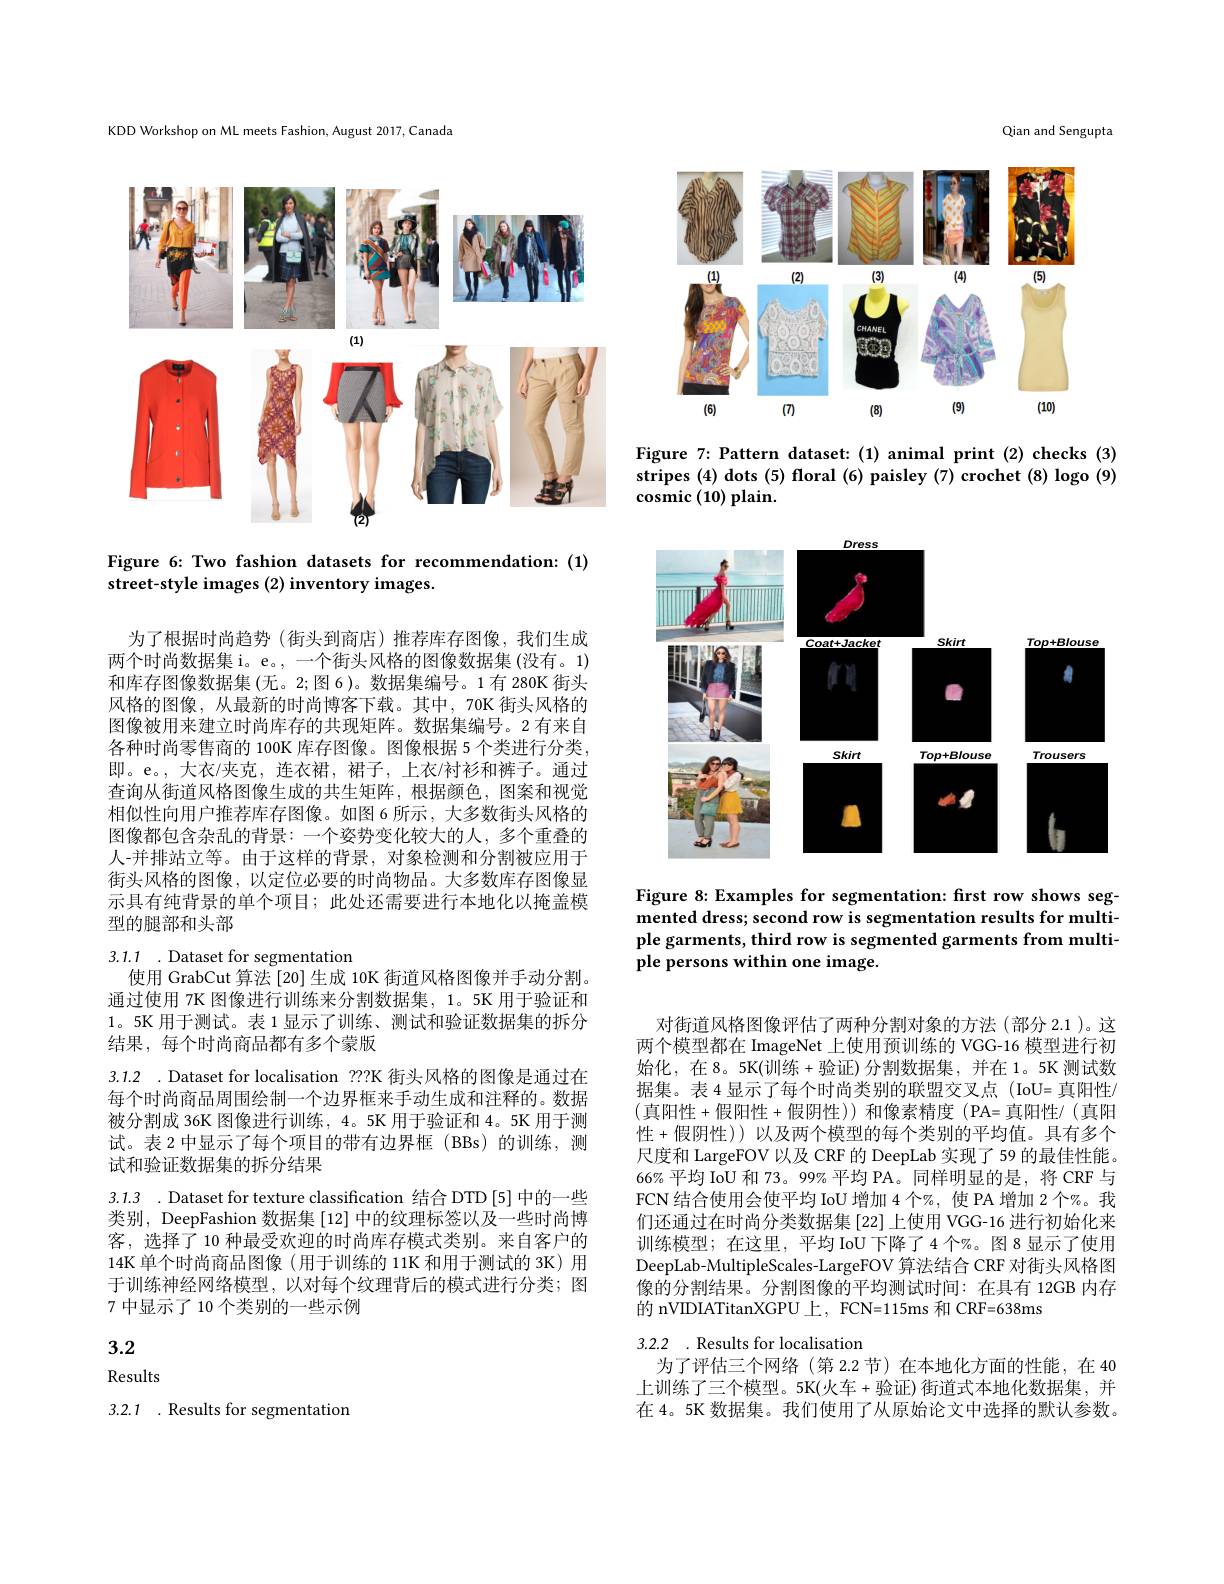
KDD Workshop on ML meets Fashion, August 2017, Canada

<FigureHere>

Figure 6: Two fashion datasets for recommendation: (1)
street-style images (2) inventory images.

为了根据时尚趋势(街头到商店)推荐库存图像，我们生成两个时尚数据集 i。e。, 一个街头风格的图像数据集 (没有。1) 和库存图像数据集 (无。2;图 6)。数据集编号。1 有 280K 街头风格的图像，从最新的时尚博客下载。其中，70K 街头风格的图像被用来建立时尚库存的共现矩阵。数据集编号。2 有来自各种时尚零售商的 100K 库存图像。图像根据 5 个类进行分类， 即。e。, 大衣/夹克，连衣裙，裙子，上衣/衬衫和裤子。通过查询从街道风格图像生成的共生矩阵，根据颜色，图案和视觉相似性向用户推荐库存图像。如图 6 所示，大多数街头风格的图像都包含杂乱的背景：一个姿势变化较大的人，多个重叠的人-并排站立等。由于这样的背景，对象检测和分割被应用于街头风格的图像，以定位必要的时尚物品。大多数库存图像显示具有纯背景的单个项目；此处还需要进行本地化以掩盖模型的腿部和头部

3.1.1 . Dataset for segmentation
使用 GrabCut 算法 [20] 生成 10K 街道风格图像并手动分割。

通过使用 7K 图像进行训练来分割数据集，1。5K 用于验证和1。5K 用于测试。表 1 显示了训练、测试和验证数据集的拆分结果，每个时尚商品都有多个蒙版

3.1.2 .Dataset for localisation ??K 街头风格的图像是通过在

每个时尚商品周围绘制一个边界框来手动生成和注释的。数据被分割成 36K 图像进行训练，4。5K 用于验证和 4。5K 用于测试。表 2 中显示了每个项目的带有边界框 (BBs)的训练，测试和验证数据集的拆分结果

3.1.3 .Dataset for texture classification 结合 DTD [5] 中的一些类别，DeepFashion 数据集 [12] 中的纹理标签以及一些时尚博客，选择了 10 种最受欢迎的时尚库存模式类别。来自客户的14K 单个时尚商品图像(用于训练的 11K 和用于测试的 3K) 用于训练神经网络模型，以对每个纹理背后的模式进行分类；图7 中显示了 10 个类别的一些示例

3.2

Results

3.2.1 .Results for segmentation

Qian and Sengupta

<FigureHere>

Figure 7: Pattern dataset: (1) animal print (2) checks (3) stripes (4) dots (5) floral (6) paisley (7) crochet (8) logo (9) cosmic (10) plain.

<FigureHere>

Figure 8: Examples for segmentation: first row shows segmented dress; second row is segmentation results for multiple garments, third row is segmented garments from multiple persons within one image.

对街道风格图像评估了两种分割对象的方法(部分 2.1 )。这两个模型都在 ImageNet 上使用预训练的 VGG-16 模型进行初始化，在8。5K(训练+验证)分割数据集，并在1。5K测试数据集。表 4 显示了每个时尚类别的联盟交叉点(IoU= 真阳性/ (真阳性+假阳性+假阴性))和像素精度(PA=真阳性/(真阳性 +假阴性)) 以及两个模型的每个类别的平均值。具有多个尺度和 LargeFOV 以及 CRF 的 DeepLab 实现了 59 的最佳性能。66%平均 IoU 和 73。99%平均 PA。同样明显的是，将 CRF 与FCN 结合使用会使平均 IoU 增加 4 个%, 使 PA 增加 2 个%。我们还通过在时尚分类数据集 [22] 上使用 VGG-16 进行初始化来训练模型；在这里，平均 IoU 下降了 4 个%。图 8 显示了使用DeepLab-MultipleScales-LargeFOV 算法结合 CRF 对街头风格图像的分割结果。分割图像的平均测试时间：在具有 12GB 内存的 nVIDIATitanXGPU 上，FCN=115ms 和 CRF=638ms

## 3.2.2 . Results for localisation

为了评估三个网络(第 2.2 节)在本地化方面的性能，在 40上训练了三个模型。5K(火车+验证)街道式本地化数据集，并在 4。5K 数据集。我们使用了从原始论文中选择的默认参数。